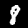
Digit: 8